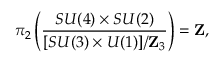
\pi _ { 2 } \left( { \frac { S U ( 4 ) \times S U ( 2 ) } { [ S U ( 3 ) \times U ( 1 ) ] / \mathbf { Z } _ { 3 } } } \right) = \mathbf { Z } ,